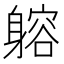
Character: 𨉷